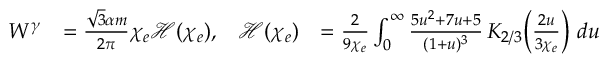
\begin{array} { r l r l } { W ^ { \gamma } } & { = \frac { \sqrt { 3 } \alpha m } { 2 \pi } \chi _ { e } \mathcal { H } ( \chi _ { e } ) , } & { \mathcal { H } ( \chi _ { e } ) } & { = \frac { 2 } { 9 \chi _ { e } } \int _ { 0 } ^ { \infty } \frac { 5 u ^ { 2 } + 7 u + 5 } { ( 1 + u ) ^ { 3 } } \, K _ { 2 / 3 } \! \left( \frac { 2 u } { 3 \chi _ { e } } \right) \, d u } \end{array}